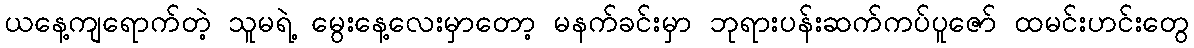
ယနေ့ကျရောက်တဲ့ သူမရဲ့ မွေးနေ့လေးမှာတော့ မနက်ခင်းမှာ ဘုရားပန်းဆက်ကပ်ပူဇော် ထမင်းဟင်းတွေ